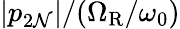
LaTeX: |p_{2\mathcal{N}}|/(\Omega_{\mathrm{R}}/\omega_{0})